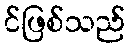
င်ဖြစ်သည်